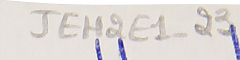
JEH2E1-23